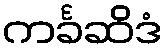
ကင်္ခဆိဒံ